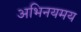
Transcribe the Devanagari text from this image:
अभिनयमय